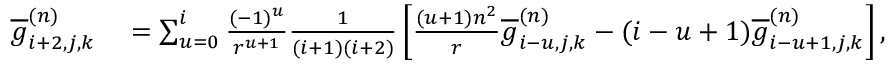
\begin{array} { r l } { \overline { { g } } _ { i + 2 , j , k } ^ { ( n ) } } & { { } = \sum _ { u = 0 } ^ { i } \frac { ( - 1 ) ^ { u } } { r ^ { u + 1 } } \frac { 1 } { ( i + 1 ) ( i + 2 ) } \left[ \frac { ( u + 1 ) n ^ { 2 } } { r } \overline { { g } } _ { i - u , j , k } ^ { ( n ) } - ( i - u + 1 ) \overline { { g } } _ { i - u + 1 , j , k } ^ { ( n ) } \right] , } \end{array}